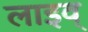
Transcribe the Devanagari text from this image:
लाइव्